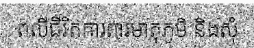
ពលីជីវិតការពារមាតុភូមិ និងសុំ